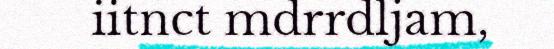
iitnct mdrrdljam,